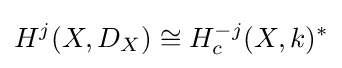
H^{j}(X,D_{X})\cong H_{c}^{-j}(X,k)^{*}